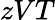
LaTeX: zVT